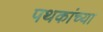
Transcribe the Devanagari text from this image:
पथकांच्या